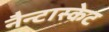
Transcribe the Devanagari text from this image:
नैन्टास्केट